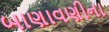
બાણાવણીના